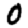
Digit: 0